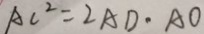
A C ^ { 2 } = 2 A D \cdot A O